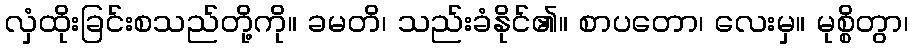
လှံထိုးခြင်းစသည်တို့ကို။ ခမတိ၊ သည်းခံနိုင်၏။ စာပတော၊ လေးမှ။ မုစ္စိတွာ၊